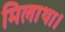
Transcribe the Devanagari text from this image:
मिलाथा।